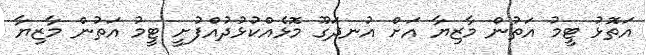
އަތޮޅު ޓީމު އަތުން މާޒިޔާ އަށް އުނދަގޫ މޮޅެއްކުޅުދުއްފުށީ ޓީމު އަތުން މާޒިޔާ